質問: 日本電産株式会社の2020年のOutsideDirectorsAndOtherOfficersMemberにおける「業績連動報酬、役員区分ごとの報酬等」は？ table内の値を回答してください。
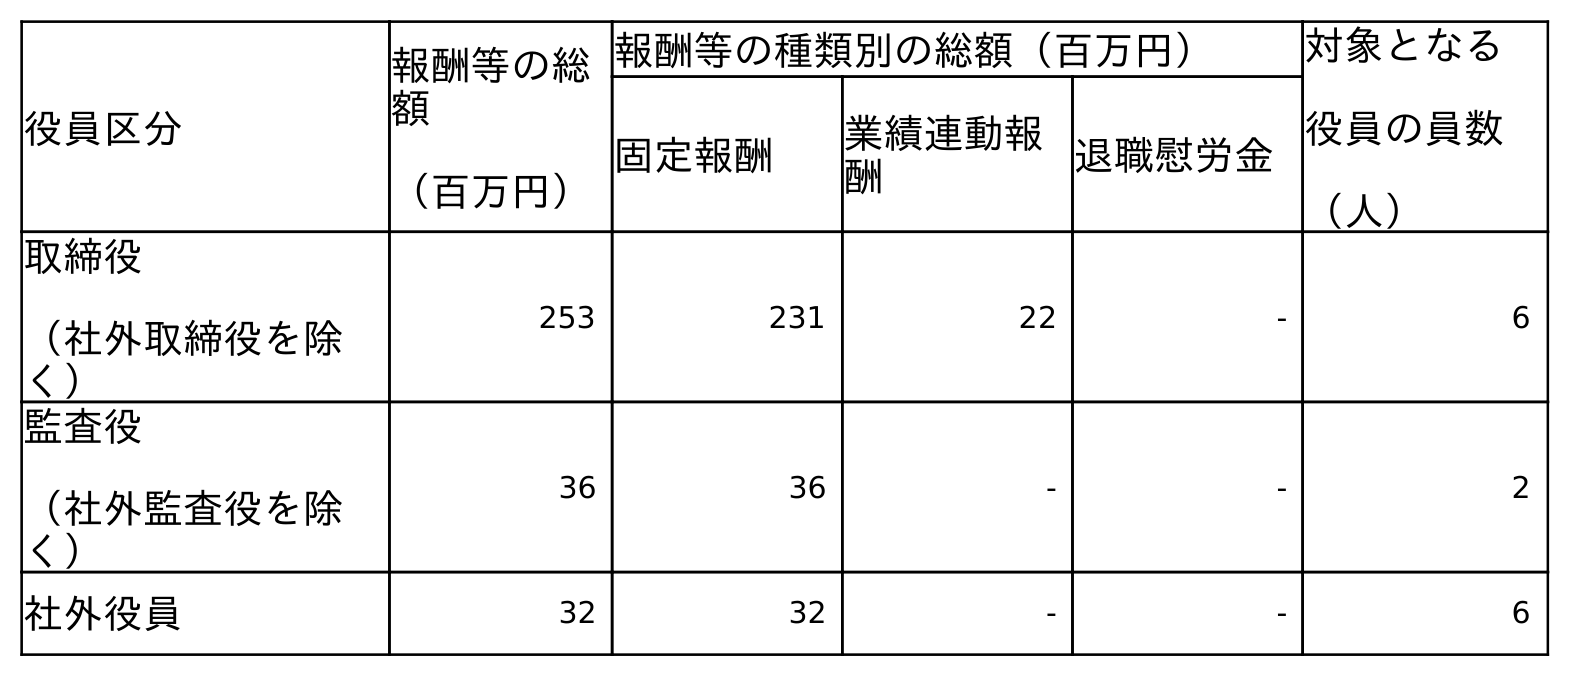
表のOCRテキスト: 役員区分 報酬等の総 額 （百万円） 報酬等の種類別の総額（百万円） 対象となる 役員の員数 （人） 固定報酬 業績連動報 酬 退職慰労金 取締役 （社外取締役を除 く） 253 231 22 - 6 監査役 （社外監査役を除 く） 36 36 - - 2 社外役員 32 32 - - 6
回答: -